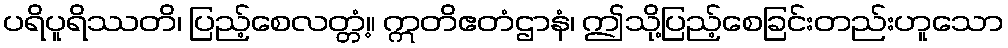
ပရိပူရိဿတိ၊ ပြည့်စေလတ္တံ့။ ဣတိဧတံဌာနံ၊ ဤသို့ပြည့်စေခြင်းတည်းဟူသော